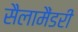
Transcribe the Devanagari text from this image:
सैलामैंडरी